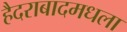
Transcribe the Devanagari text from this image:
हैदराबादमधला